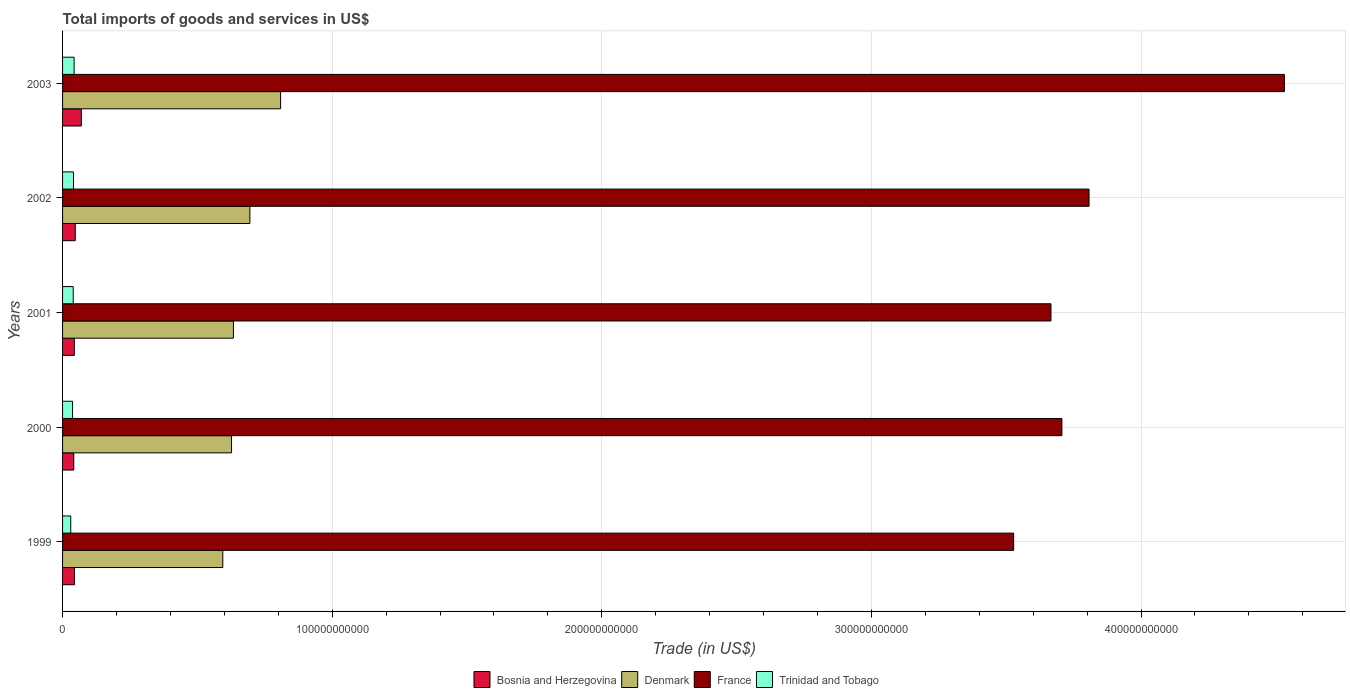
| Years | Bosnia and Herzegovina | Denmark | France | Trinidad and Tobago |
 | --- | --- | --- | --- | --- |
 | 1999 | 4.41e+09 | 5.94e+10 | 3.53e+11 | 3.03e+09 |
 | 2000 | 4.16e+09 | 6.27e+10 | 3.71e+11 | 3.71e+09 |
 | 2001 | 4.37e+09 | 6.34e+10 | 3.67e+11 | 3.96e+09 |
 | 2002 | 4.72e+09 | 6.95e+10 | 3.81e+11 | 4.06e+09 |
 | 2003 | 6.96e+09 | 8.09e+10 | 4.53e+11 | 4.28e+09 |